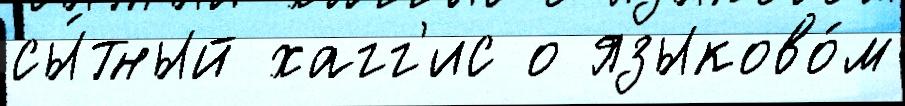
сы́тный хагг'ис о языково́м